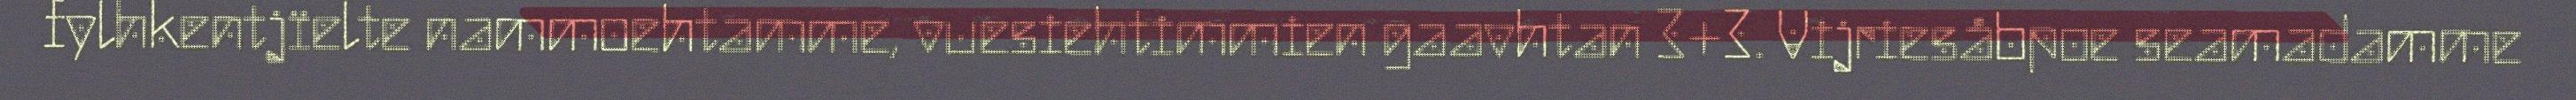
fylhkentjïelte nammoehtamme, vuesiehtimmien gaavhtan 3+3. Vijriesåbpoe seamadamme